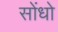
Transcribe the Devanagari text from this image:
सोंधो